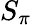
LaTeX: S_{\pi}